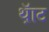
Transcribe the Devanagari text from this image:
थ़ॅाट